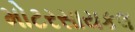
મોટરસાયકલ